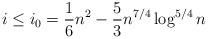
LaTeX: \begin{align*}i \le i_{0} = \frac 16 n^2 - \frac 53 n^{7/4} \log^{5/4} n\end{align*}